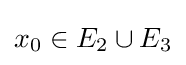
x_{0}\in E_{2}\cup E_{3}